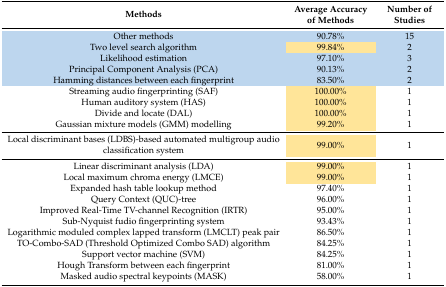
| Methods | Average Accuracy of Methods | Number of Studies |
 | --- | --- | --- |
 | Other methods | 90.78% | 15 |
 | Two level search algorithm | 99.84% | 2 |
 | Likelihood estimation | 97.10% | 3 |
 | Principal Component Analysis (PCA) | 90.13% | 2 |
 | Hamming distances between each fingerprint | 83.50% | 2 |
 | Streaming audio fingerprinting (SAF) | 100.00% | 1 |
 | Human auditory system (HAS) | 100.00% | 1 |
 | Divide and locate (DAL) | 100.00% | 1 |
 | Gaussian mixture models (GMM) modelling | 99.20% | 1 |
 | Local discriminant bases (LDBS)-based automated multigroup audio classification system | 99.00% | 1 |
 | Linear discriminant analysis (LDA) | 99.00% | 1 |
 | Local maximum chroma energy (LMCE) | 99.00% | 1 |
 | Expanded hash table lookup method | 97.40% | 1 |
 | Query Context (QUC)-tree | 96.00% | 1 |
 | Improved Real-Time TV-channel Recognition (IRTR) | 95.00% | 1 |
 | Sub-Nyquist fudio fingerprinting system | 93.43% | 1 |
 | Logarithmic moduled complex lapped transform (LMCLT) peak pair | 86.50% | 1 |
 | TO-Combo-SAD (Threshold Optimized Combo SAD) algorithm | 84.25% | 1 |
 | Support vector machine (SVM) | 84.25% | 1 |
 | Hough Transform between each fingerprint | 81.00% | 1 |
 | Masked audio spectral keypoints (MASK) | 58.00% | 1 |